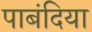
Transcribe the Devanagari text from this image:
पाबंदिया